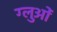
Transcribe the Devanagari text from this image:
ग्लुओं